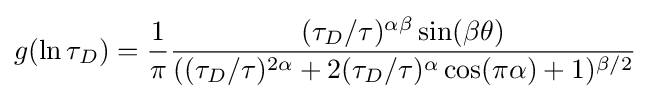
g(\ln \tau _{D})={1 \over \pi }{(\tau _{D}/\tau )^{\alpha \beta }\sin(\beta \theta ) \over ((\tau _{D}/\tau )^{2\alpha }+2(\tau _{D}/\tau )^{\alpha }\cos(\pi \alpha )+1)^{\beta /2}}